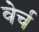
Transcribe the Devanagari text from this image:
वेर्च